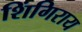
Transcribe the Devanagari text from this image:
शिंगिराय